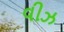
વીઝ